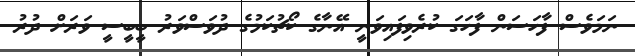
ނަމަވެސް ފާހަސަން ފާހަގަ ކުރެވިފައިވަނީ އޭނާގެ ކޯޗުކަމުގެ ދުވަސްވަރު ބީބީސީ ވަރަށް ދުރު